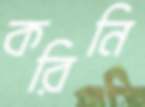
করিনি